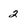
Character: 2